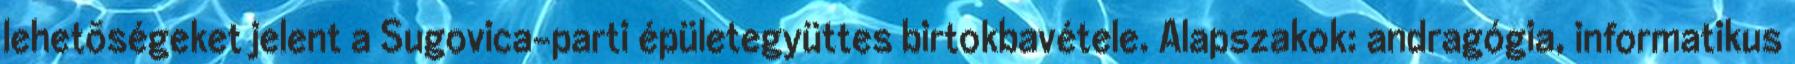
lehetõségeket jelent a Sugovica-parti épületegyüttes birtokbavétele. Alapszakok: andragógia, informatikus